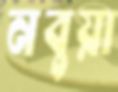
নবুয়া